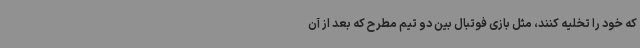
که خود را تخلیه کنند، مثل بازی فوتبال بین دو تیم مطرح که بعد از آن